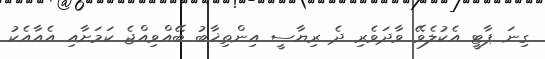
ގިނަ ޕާޓީ އެކުލެވޭ ވާދަވެރި ދެ ރިޔާސީ އިންތިޚާބު ބޭއްވިއްޖެ ކަމަށާއި އެއާއެކު